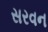
સરવન